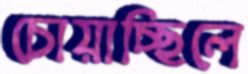
চোয়াচ্ছিলে